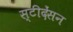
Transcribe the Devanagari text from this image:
स्टीदेंसन